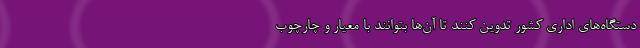
دستگاه‌های اداری کشور تدوین کنند تا آن‌ها بتوانند با معیار و چارچوب